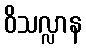
ဝိသလ္လာန